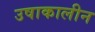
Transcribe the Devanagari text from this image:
उषाकालीन